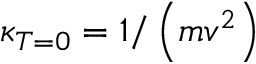
\kappa _ { T = 0 } = 1 / \left( m v ^ { 2 } \right)